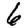
Digit: 6